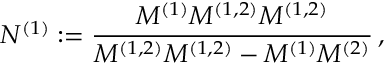
N ^ { ( 1 ) } : = \frac { M ^ { ( 1 ) } M ^ { ( 1 , 2 ) } M ^ { ( 1 , 2 ) } } { M ^ { ( 1 , 2 ) } M ^ { ( 1 , 2 ) } - M ^ { ( 1 ) } M ^ { ( 2 ) } } \, ,